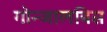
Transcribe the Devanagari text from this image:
गोन्जालबिस